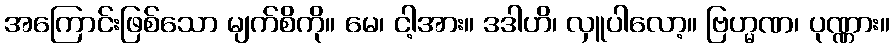
အကြောင်းဖြစ်သော မျက်စိကို။ မေ၊ ငါ့အား။ ဒဒါဟိ၊ လှူပါလော့။ ဗြဟ္မဏ၊ ပုဏ္ဏား။